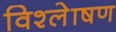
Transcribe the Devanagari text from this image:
विश्लेाषण